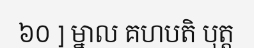
៦០ ] ម្នាល គហបតិ បុត្ត